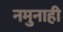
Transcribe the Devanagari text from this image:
नमुनाही